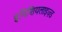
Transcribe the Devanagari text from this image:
इनिशियलाइज़्ड